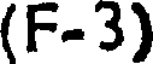
(F-3)